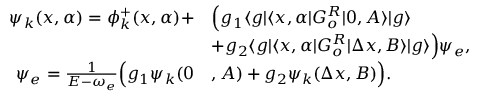
\begin{array} { r l } { \psi _ { k } ( x , \alpha ) = \phi _ { k } ^ { + } ( x , \alpha ) + } & { \Big ( g _ { 1 } \langle g | \langle x , \alpha | G _ { o } ^ { R } | 0 , A \rangle | g \rangle } \\ & { + g _ { 2 } \langle g | \langle x , \alpha | G _ { o } ^ { R } | \Delta x , B \rangle | g \rangle \Big ) \psi _ { e } , } \\ { \psi _ { e } = \frac { 1 } { E - \omega _ { e } } \Big ( g _ { 1 } \psi _ { k } ( 0 } & { , A ) + g _ { 2 } \psi _ { k } ( \Delta x , B ) \Big ) . } \end{array}